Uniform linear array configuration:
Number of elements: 32
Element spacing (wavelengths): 0.5
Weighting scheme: cosine
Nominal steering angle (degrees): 45
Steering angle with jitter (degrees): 43.045
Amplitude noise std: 0.05
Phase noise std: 0.05

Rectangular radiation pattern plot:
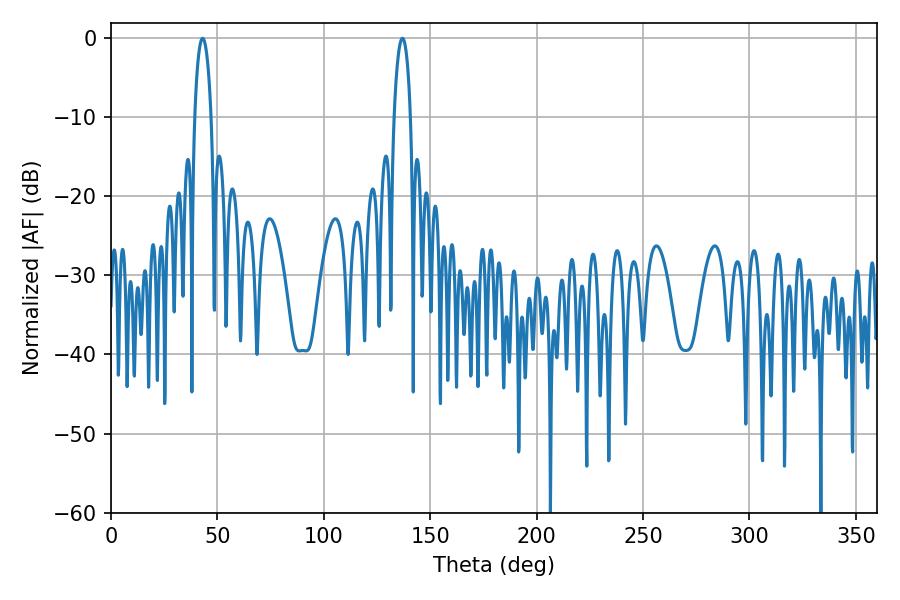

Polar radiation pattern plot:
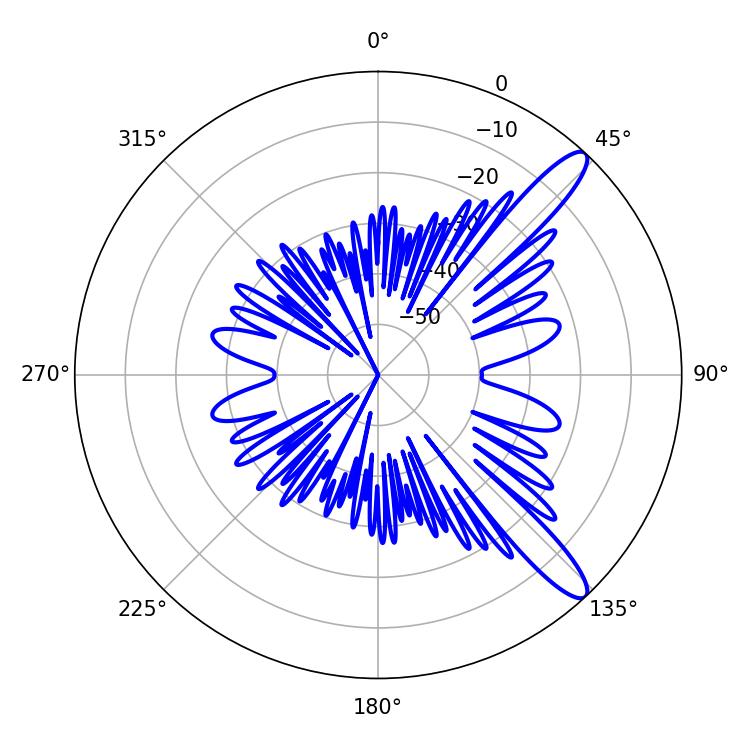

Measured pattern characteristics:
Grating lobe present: FALSE
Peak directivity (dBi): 12.321
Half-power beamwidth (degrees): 4.5
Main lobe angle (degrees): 43.02